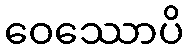
ဝေဿောပိ